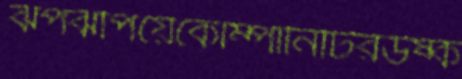
ঝপঝপিয়েকোম্পানিটিরউষ্ক